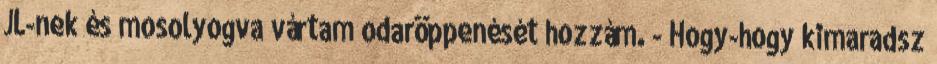
JL-nek és mosolyogva vártam odaröppenését hozzám. - Hogy-hogy kimaradsz